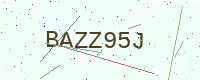
Text: BAZZ95J